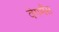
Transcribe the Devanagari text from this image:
वेगमैंस